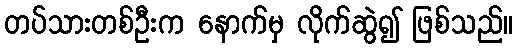
တပ်သားတစ်ဦးက နောက်မှ လိုက်ဆွဲ၍ ဖြစ်သည်။